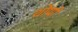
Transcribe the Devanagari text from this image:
थोप्पी